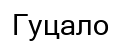
Гуцало